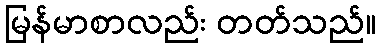
မြန်မာစာလည်း တတ်သည်။